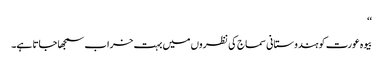
‘‘
بیوہ عورت کو ہندوستانی سماج کی نظروں میں بہت خراب سمجھا جاتا ہے۔